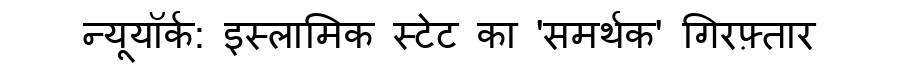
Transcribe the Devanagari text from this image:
न्यूयॉर्क: इस्लामिक स्टेट का 'समर्थक' गिरफ़्तार